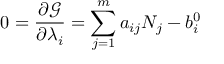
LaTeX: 0 = { \frac { \partial { \mathcal { G } } } { \partial \lambda _ { i } } } = \sum _ { j = 1 } ^ { m } a _ { i j } N _ { j } - b _ { i } ^ { 0 }